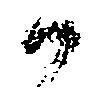
候